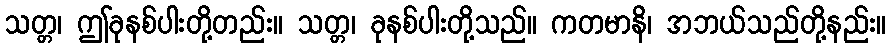
သတ္တ၊ ဤခုနစ်ပါးတို့တည်း။ သတ္တ၊ ခုနစ်ပါးတို့သည်။ ကတမာနိ၊ အဘယ်သည်တို့နည်း။